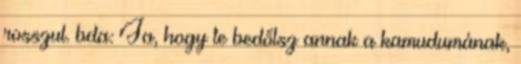
rosszul. bda: Ja, hogy te bedőlsz annak a kamudumának,